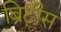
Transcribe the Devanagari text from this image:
ब्रिटीस